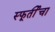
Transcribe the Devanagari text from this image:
स्फूर्तीचा